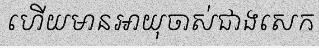
ហើយមានអាយុចាស់ជាងសេក